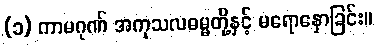
(၁) ကာမဂုဏ် အကုသလဓမ္မတို့နှင့် မရောနှောခြင်း။